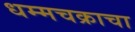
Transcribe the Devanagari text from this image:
धम्मचक्राचा